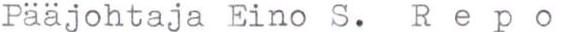
Paajohtaja Eino S.